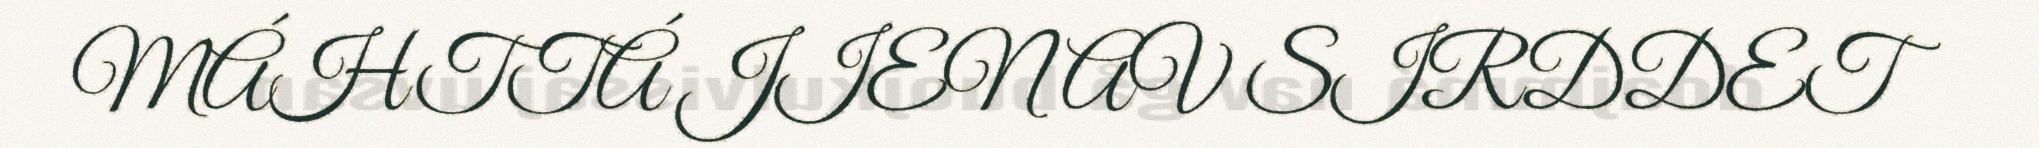
MÁHTTÁ JIENAV SIRDDET